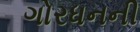
ગોરધનની